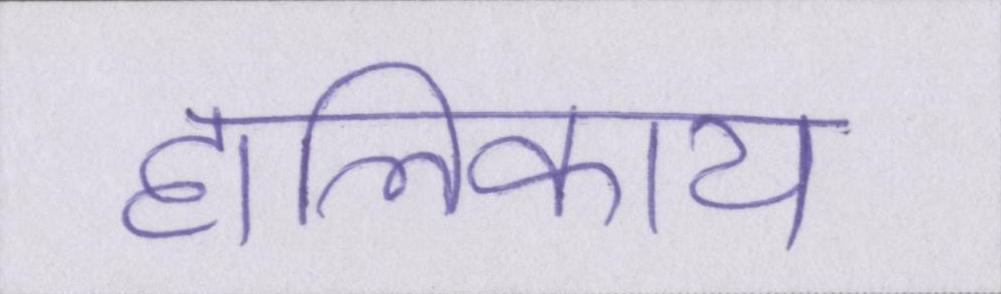
हालिकाय